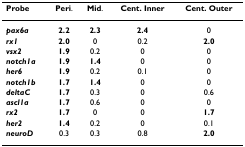
| Probe | Peri. | Mid. | Cent. Inner | Cent. Outer |
 | --- | --- | --- | --- | --- |
 | pax6a | 2.2 | 2.3 | 2.4 | 0 |
 | rx1 | 2.0 | 0 | 0.2 | 2.0 |
 | vsx2 | 1.9 | 0.2 | 0 | 0 |
 | notch1a | 1.9 | 1.4 | 0 | 0 |
 | her6 | 1.9 | 0.2 | 0.1 | 0 |
 | notch1b | 1.7 | 1.4 | 0 | 0 |
 | deltaC | 1.7 | 0.3 | 0 | 0.6 |
 | ascl1a | 1.7 | 0.6 | 0 | 0 |
 | rx2 | 1.7 | 0 | 0 | 1.7 |
 | her2 | 1.4 | 0.2 | 0 | 0.1 |
 | neuroD | 0.3 | 0.3 | 0.8 | 2.0 |